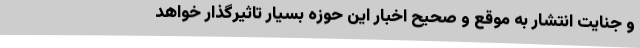
و جنایت انتشار به موقع و صحیح اخبار این حوزه بسیار تاثیرگذار خواهد